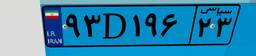
۹۳D۱۹۶۲۳